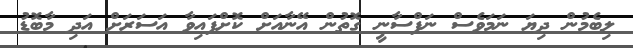
ލިބެމުން ދިޔަ ނަމަވެސް ނަފްސާނީ ގޮތުން އޭނާއަށް ކޮށްފައިވާ އަސަރަށް އަދި މާބޮޑު